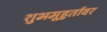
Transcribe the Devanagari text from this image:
शुभमूहुर्तावर